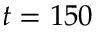
t = 1 5 0